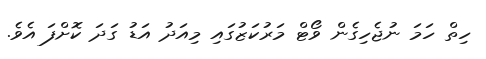
ހިތް ހަމަ ނުޖެހިގެން ވޯޓް މަރުކަޒުގައި މިއަދު އަޑު ގަދަ ކޮށްފަ އެވެ.